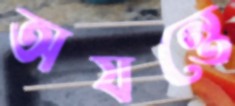
অযন্তে